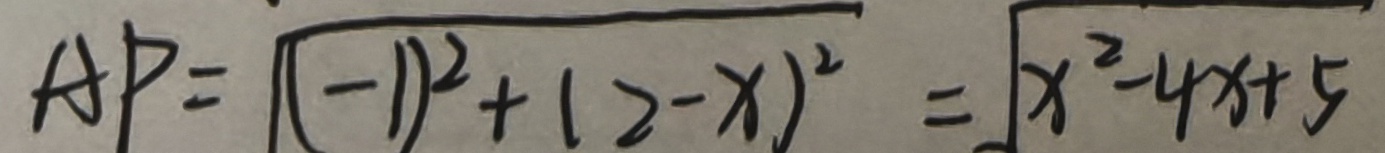
A P = \sqrt { ( - 1 ) ^ { 2 } + ( 2 - x ) ^ { 2 } } = \sqrt { x ^ { 2 } - 4 x + 5 }